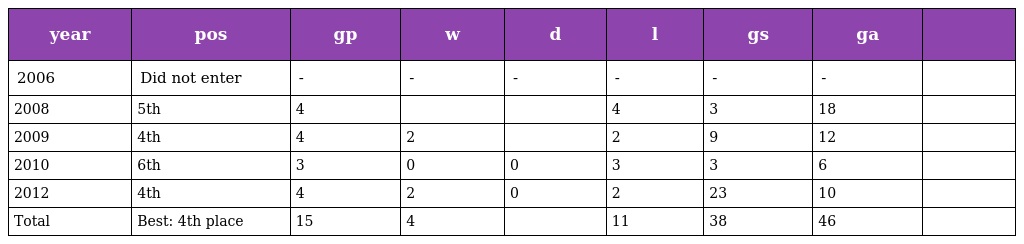
| year | pos | gp | w | d | l | gs | ga |  |
 | --- | --- | --- | --- | --- | --- | --- | --- | --- |
 | 2006 | Did not enter | - | - | - | - | - | - |  |
 | 2008 | 5th | 4 |  |  | 4 | 3 | 18 |  |
 | 2009 | 4th | 4 | 2 |  | 2 | 9 | 12 |  |
 | 2010 | 6th | 3 | 0 | 0 | 3 | 3 | 6 |  |
 | 2012 | 4th | 4 | 2 | 0 | 2 | 23 | 10 |  |
 | Total | Best: 4th place | 15 | 4 |  | 11 | 38 | 46 |  |